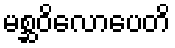
မစ္ဆဝိလောပေတိ